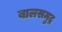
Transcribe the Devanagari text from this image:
बालसमुद्र